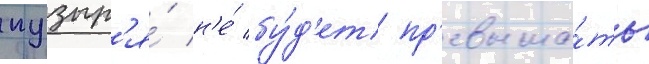
пузыр'я́ н'е́ бу́д'ет пр'евыша́ть